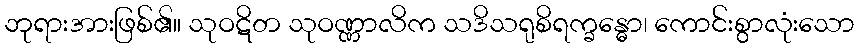
ဘုရားအားဖြစ်၏။ သုဝဋိတ သုဝဏ္ဏာလိက သဒိသရုစိရက္ခန္ဓော၊ ကောင်းစွာလုံးသော